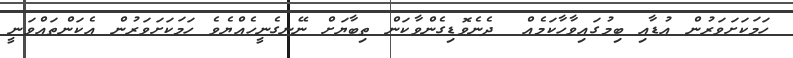
ހަމަކަށަވަރުން އުޑާއި ބިމުގައިވާހާކަމެއް  ދެނެވޮޑިގެންވާކަން ތިބާޔަށް ނޭނގެނީހެއްޔެވެ ހަމަކަށަވަރުން އެކަންތައްވަނީ